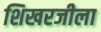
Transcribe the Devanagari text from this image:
शिखरजीला